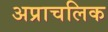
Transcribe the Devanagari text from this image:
अप्राचलिक